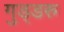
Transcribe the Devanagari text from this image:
गुड्डरु